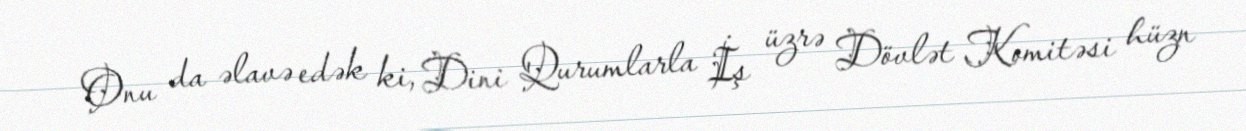
Onu da əlavə edək ki, Dini Qurumlarla İş üzrə Dövlət Komitəsi hüzn